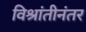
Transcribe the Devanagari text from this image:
विश्रांतीनंतर